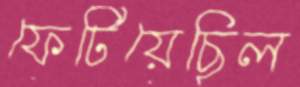
ফেটিয়েছিল